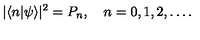
| \langle n | \psi \rangle | ^ { 2 } = P _ { n } , \quad n = 0 , 1 , 2 , \ldots .